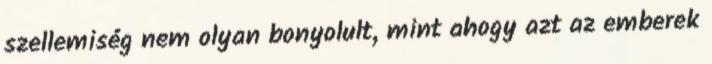
szellemiség nem olyan bonyolult, mint ahogy azt az emberek